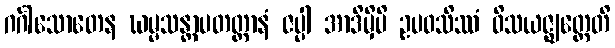
ဂင်္ဂါသောတေန ဃမ္မသန္တာပတတ္တာနံ ဇပ္ပါ အာဒိမှိပိ ဥပဝသိဿံ ဝိသယဇ္ဈတ္တေတိ